Advisory Committee for Juvenile Employment, 1930
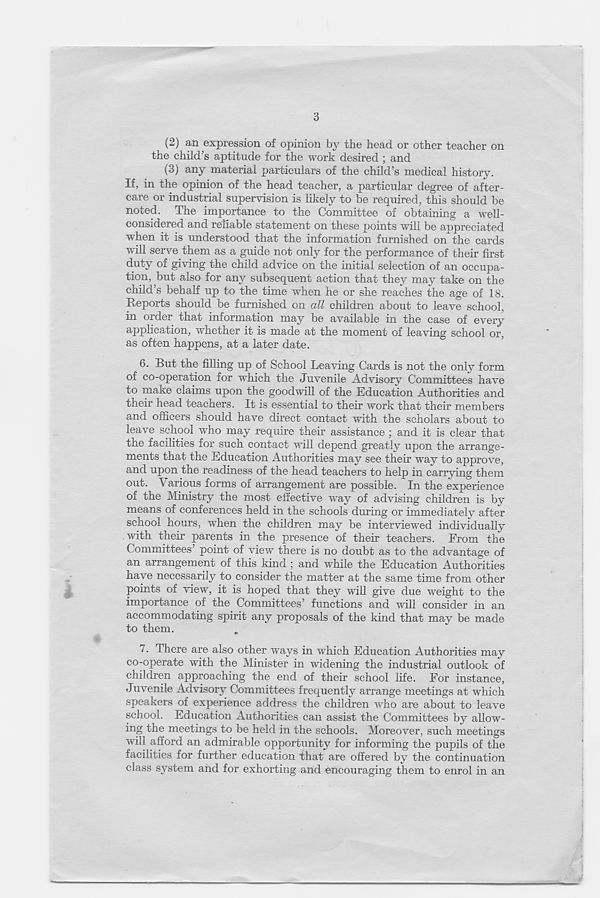
3
(2) an expression of opinion by the head or other teacher on
the child’s aptitude for the work desired ; and
(3) any material particulars of the child’s medical history.
If, in the opinion of the head teacher, a particular degree of after-
care or industrial supervision is likely to be required, this should be
noted. The importance to the Committee of obtaining a well-
considered and reliable statement on these points will be appreciated
when it is understood that the information furnished on the cards
will serve them as a guide not only for the performance of their first
duty of giving the child advice on the initial selection of an occupa-
tion, but also for any subsequent action that they may take on the
child’s behalf up to the time when he or she reaches the age of 18.
Reports should be furnished on all children about to leave school,
in order that information may be available in the case of every
application, whether it is made at the moment of leaving school or,
as often happens, at a later date.
6. But the filling up of School Leaving Cards is not the only form
of co-operation for which the Juvenile Advisory Committees have
to make claims upon the goodwill of the Education Authorities and
their head teachers. It is essential to their work that their members
and officers should have direct contact with the scholars about to
leave school who may require their assistance ; and it is clear that
the facilities for such contact will depend greatly upon the arrange-
ments that the Education Authorities may see their way to approve,
and upon the readiness of the head teachers to help in carrying them
out. Various forms of arrangement are possible. In the experience
of the Ministry the most effective way of advising children is by
means of conferences held in the schools during or immediately after
school hours, when the children may be interviewed individually
with their parents in the presence of their teachers. From the
Committees’ point of view there is no doubt as to the advantage of
an arrangement of this kind ; and while the Education Authorities
have necessarily to consider the matter at the same time from other
points of view, it is hoped that they will give due weight to the
importance of the Committees’ functions and will consider in an
accommodating spirit any proposals of the kind that may be made
to them.
7. There are also other ways in which Education Authorities may
co-operate with the Minister in widening the industrial outlook of
children approaching the end of their school life. Eor instance,
Juvenile Advisory Committees frequently arrange meetings at which
speakers of experience address the children who are about to leave
school. Education Authorities can assist the Committees by allow-
ing the meetings to be held in the schools. Moreover, such meetings
will afford an admirable opportunity for informing the pupils of the
facilities for further education that are offered by the continuation
class system and for exhorting and encouraging them to enrol in an